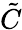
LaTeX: \tilde{C}